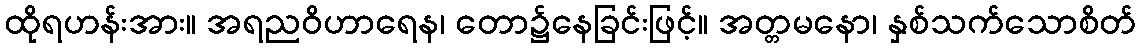
ထိုရဟန်းအား။ အရညဝိဟာရေန၊ တော၌နေခြင်းဖြင့်။ အတ္တမနော၊ နှစ်သက်သောစိတ်